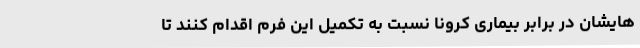
‌هایشان در برابر بیماری کرونا نسبت به تکمیل این فرم اقدام کنند تا